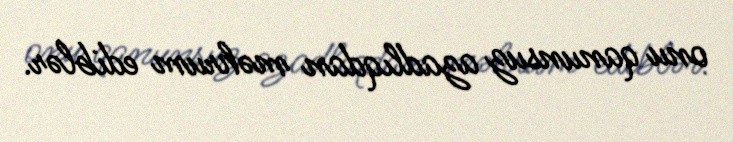
onu qanunsuz azadlıqdan məhrum ediblər.